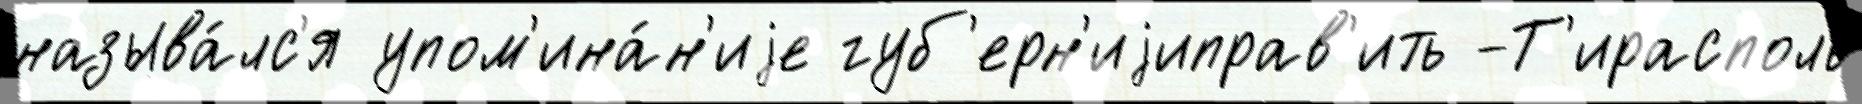
называ́лс'я упом'ина́н'иjе губ'ерн'иjиправ'ить -Т'ирасполь